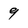
Character: 9